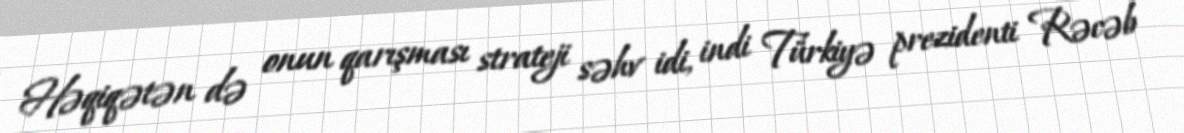
Həqiqətən də onun qarışması strateji səhv idi, indi Türkiyə prezidenti Rəcəb